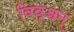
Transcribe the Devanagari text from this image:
विवृश्चन्